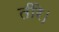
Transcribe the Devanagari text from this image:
तीरे।